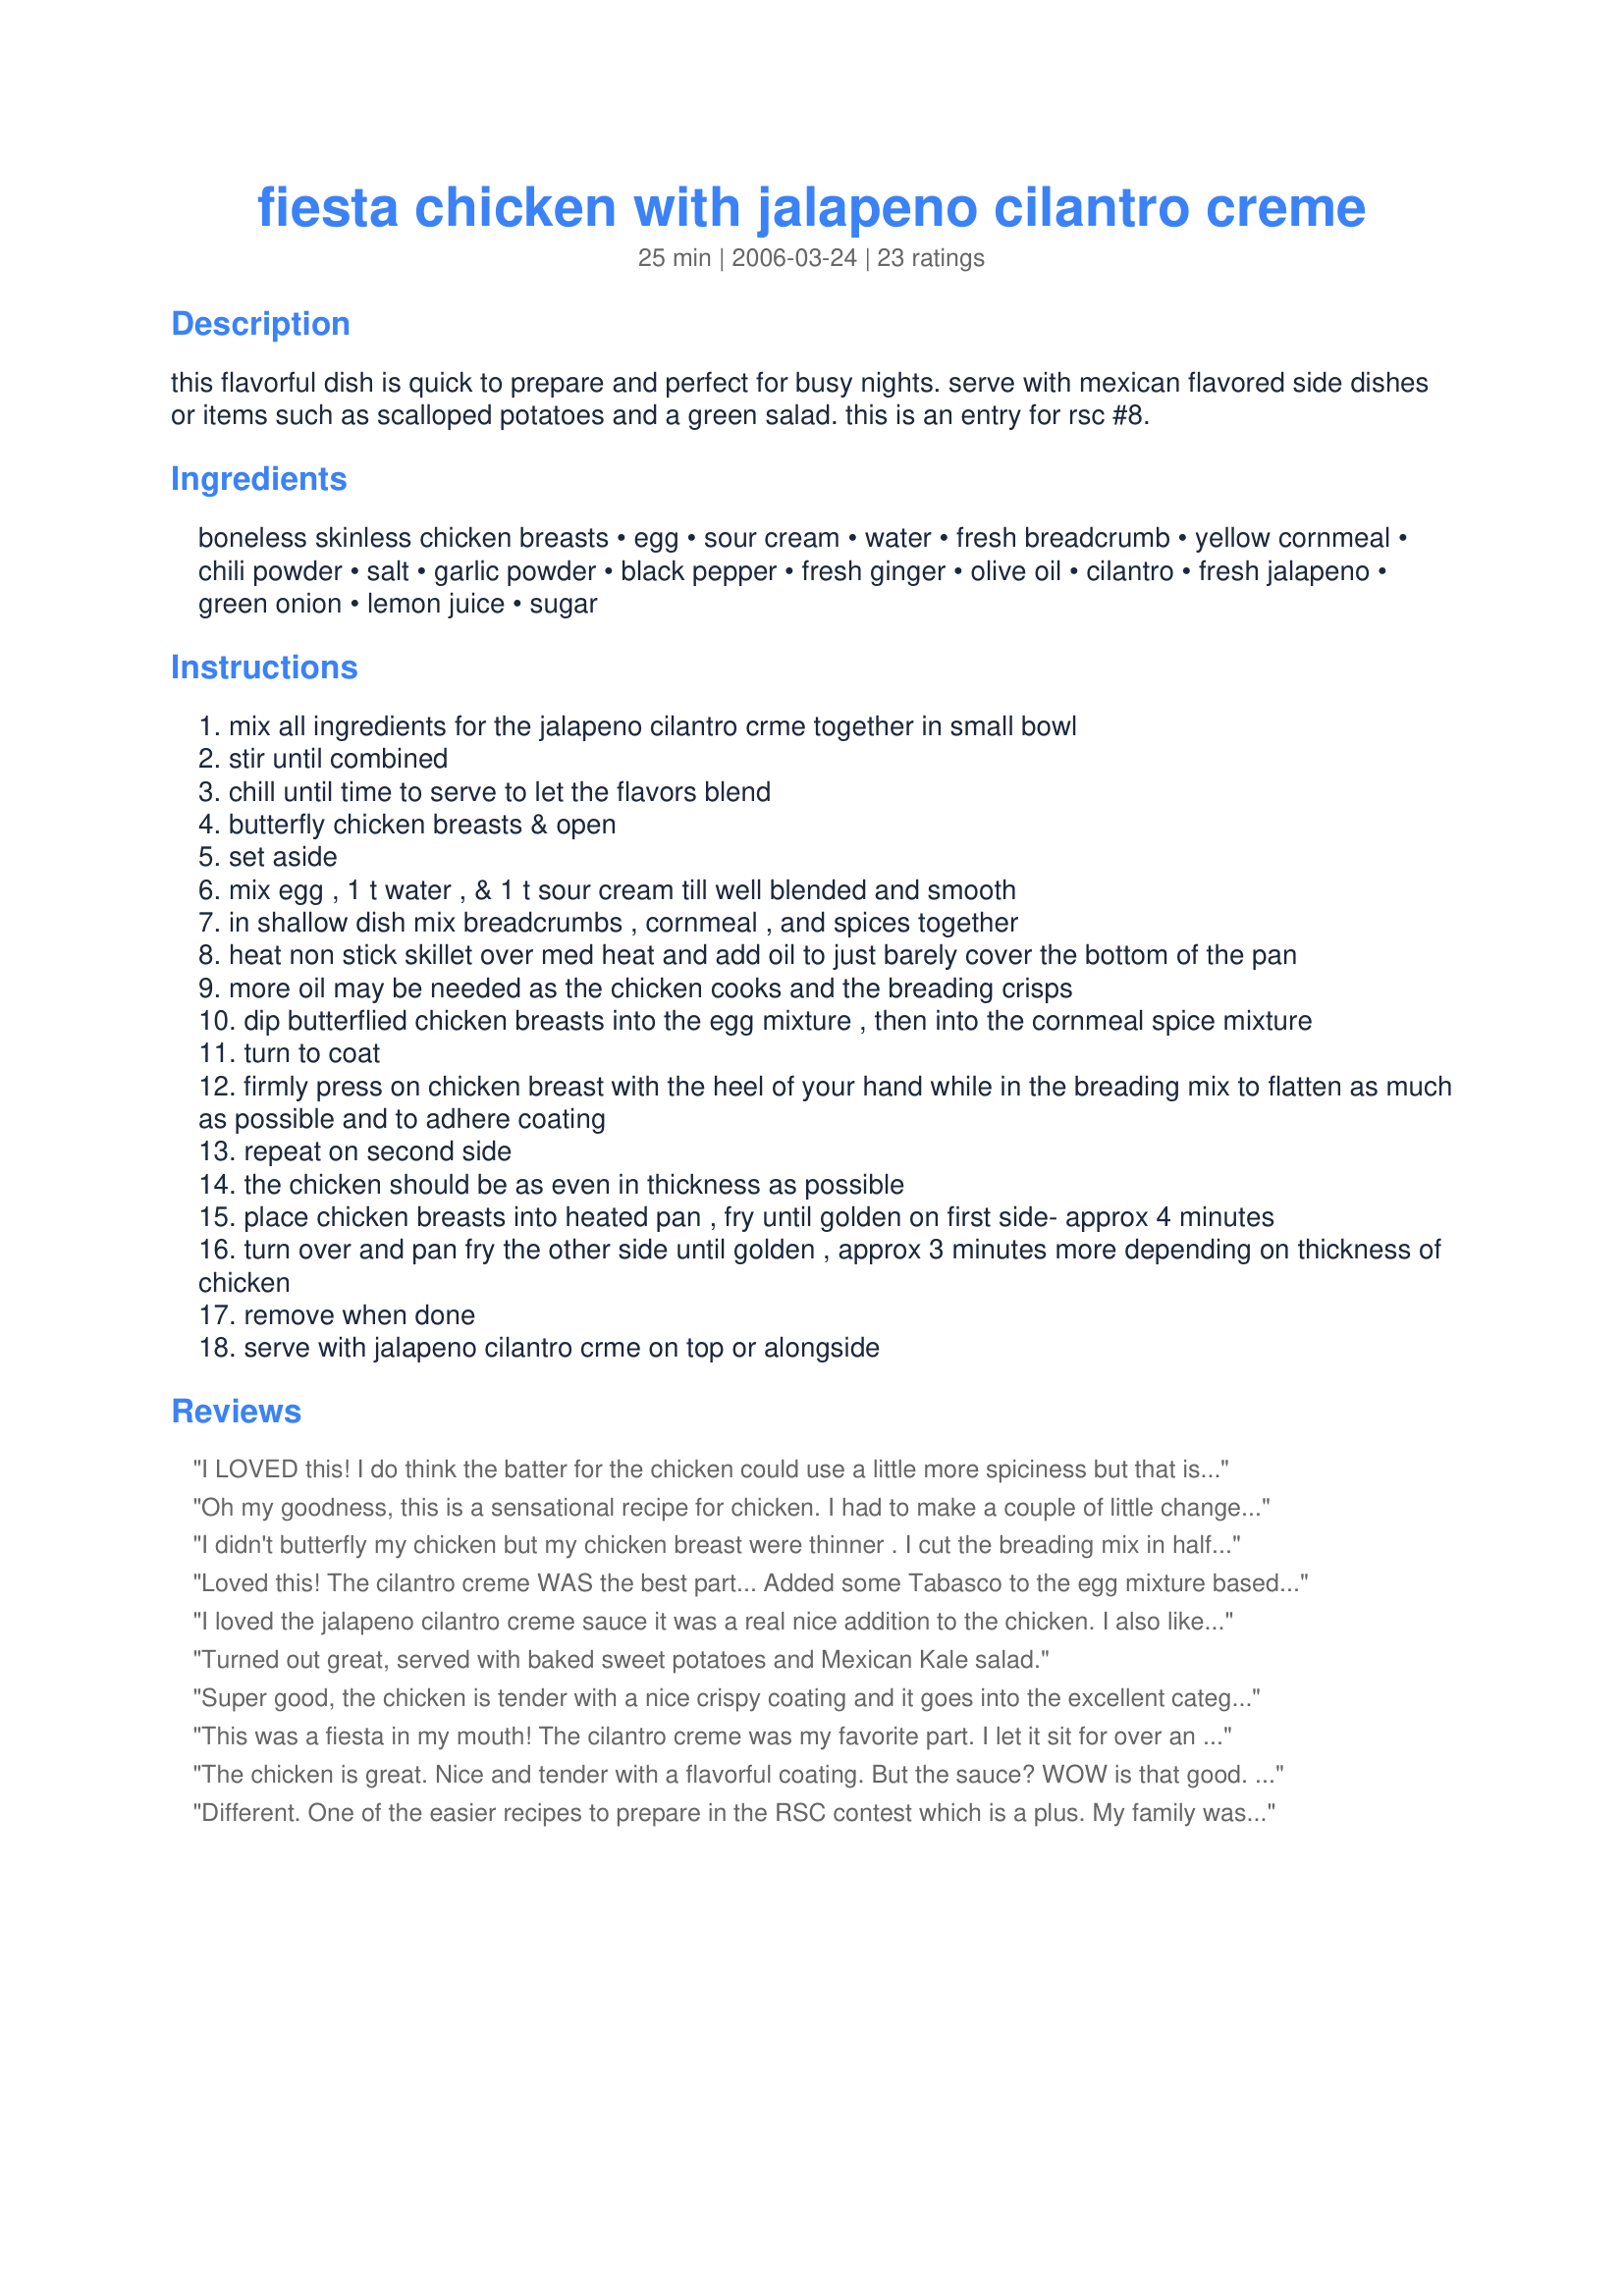
fiesta chicken with jalapeno cilantro creme
Preparation time: 25 minutes

this flavorful dish is quick to prepare and perfect for busy nights. serve with mexican flavored side dishes or items such as scalloped potatoes and a green salad. this is an entry for rsc #8.

Ingredients:
boneless skinless chicken breasts, egg, sour cream, water, fresh breadcrumb, yellow cornmeal, chili powder, salt, garlic powder, black pepper, fresh ginger, olive oil, cilantro, fresh jalapeno, green onion, lemon juice, sugar

Steps:
mix all ingredients for the jalapeno cilantro crme together in small bowl
stir until combined
chill until time to serve to let the flavors blend
butterfly chicken breasts & open
set aside
mix egg , 1 t water , & 1 t sour cream till well blended and smooth
in shallow dish mix breadcrumbs , cornmeal , and spices together
heat non stick skillet over med heat and add oil to just barely cover the bottom of the pan
more oil may be needed as the chicken cooks and the breading crisps
dip butterflied chicken breasts into the egg mixture , then into the cornmeal spice mixture
turn to coat
firmly press on chicken breast with the heel of your hand while in the breading mix to flatten as much as possible and to adhere coating
repeat on second side
the chicken should be as even in thickness as possible
place chicken breasts into heated pan , fry until golden on first side- approx 4 minutes
turn over and pan fry the other side until golden , approx 3 minutes more depending on thickness of chicken
remove when done
serve with jalapeno cilantro crme on top or alongside

Reviews:
I LOVED this! I do think the batter for the chicken could use a little more spiciness but that is just a preference. The crispiness and moistness of the chicken were wonderful and the sauce is absolutely amazing. I will be making this again.Thanks for the recipe
Oh my goodness, this is a sensational recipe for chicken. I had to make a couple of little changes. I didn't have garlic powder on hand, so used a garlic–ginger paste to cover both ingredients. As an aside, the recipe doesn't say when to add the ginger. I put the garlic–ginger paste in with the egg mixture and that worked fine. I didn't have a fresh jalapeno, so used a pickled one, seeds included. Australia has huge chicken breasts so I made this with two (weight a kilo or 2 pounds). Because my pieces were quite thick, I fried them for 12 minutes (6 a side) and then finished them in the oven. A truly wonderful recipe that will be repeated often.
I didn't butterfly my chicken but my chicken breast were thinner .
I cut the breading mix in half since I was only doing two but the kept the full sauce amounts and am glad I did LOL
As for the chicken being bland we did not find that at all. It is subtly spiced which is a good thing with the creme being so filled with flavour. It gets no competion that way LOL
I used freshly grated garlic and not the powder and grated the ginger instead of mincing.
We loved this recipe and will be made over and over.
Made for PAC Fall 09
Loved this! The cilantro creme WAS the best part... Added some Tabasco to the egg mixture based on other's feedback that the chicken is bland, loved it! We'll definitely make this again.
I loved the jalapeno cilantro creme sauce it was a real nice addition to the chicken. I also liked the chicken, I just think it could have had a little more kick to it. I will make this again, but I might try adding a pinch of cayenne. Thanks!
Turned out great, served with baked sweet potatoes and Mexican Kale salad.
Super good, the chicken is tender with a nice crispy coating and it goes into the excellent category with the great sauce! Made for ZWT #7 and the amazing team Witchin Kitchen.
This was a fiesta in my mouth! The cilantro creme was my favorite part. I let it sit for over an hour and it made a huge difference in the flavor. I'm going to put the left over chicken on a green salad tomorrow for lunch and use a bit of the cilantro creme as a dressing. I used 1 1/2 boneless, skinless, thighs- about 8- and had quite a bit of the breadcrumb left over so I may adjust it -if I do the thighs again. This one is truly a winner Susie! Made because I appreciate all of the PAC Hosts!- 09 EDIT- DBF made sure I packed up some of the chicken for his lunch tomorrow too- which is saying a lot because he is not into left-overs!
The chicken is great. Nice and tender with a flavorful coating. But the sauce? WOW is that good. We even put some on our twice baked potatoes. Thanks for sharing the recipe and I know we will use the sauce often. :)
Different. One of the easier recipes to prepare in the RSC contest which is a plus. My family was not really impressed with the combo of the sauce and the chicken and ended up eating the chicken plain. They also said they wanted more flavor in the chicken- like some onion flavor or seasoned salt. Good luck in RSC!
This is great, I have made it several times. Lately, I have been baking it in a 9 x13. Put olive oil in the bottom and flip it half way thru. I do 400 degrees for about 35 minutes.
The jalapeno cilantro cream is KEY! I let it chill for 2 hours, and when I served it with the chicken it was very nice and refreshing.
very good & easy. The whole family gobbled it down & it wasn't even spicy. I think the sour cream cooled down the jalepeno. The sauce could use just a little more flavor. I will need to play around with it. But overall an easy & family friendly meal :)
This is ONE snappy little number. Crispy, tender chicken with a to-die-for cream. No Louisiana hot sauce needed here!
The sauce makes this! Even my picky Dd liked it! Made for ZWT8
We really enjoyed this SUPER easy and tasty dish! I had everything on hand which made it so much easier. I added some onion powder and really that was the only thing I did different! Thanks Susie!
I have been looking at this recipe for some time and had to give it a try. Having a nice crust on chicken with gluten free ingredients can be a challenge. The addition of the cornmeal really made the difference. Butterflying the chicken prior to cooking helps to ensure a moist dish. The cilantro cream is the crowning touch. Thank you Susie D for a wonderful recipe. Made for Culinary Quest 2014.
This is a great chicken entree which I will be adding to my recipe go-to list. Loved the flavors and the cream sauce really compliments this chicken so well.
Oh yes! This is a great recipe! I bought the chicken prepared (butterflied)and ready to go..nice and quick dish on a week night! We loved the flavors in the sauce! Served it with rice (won't mention because of contest) what a wonderful meal.
Thank you!!

The Jalapeno Cilantro Cream sauce is awesome! I can think of so many uses for it... I made the sauce as written. However, we're trying to cut down on fried foods, so I made a paste with the olive oil and the spices listed for the breading mix, then rubbed a whole chicken with it. We put it in the oven on a vertical roaster for an hour and it was very, very good! Made this for ZWT8 - thank you Susie D!
 The cornmeal/bread crumb combination gives a lovely crunchy crust and the chili /garlic powder a nice kick to the chicken. the Jalapeno Cilantro Cream is just right. I know that I will use this cream on potaoes and many other veggies as well as when I make this recipe again I cut way back on the oil for frying the chicken. You have done a nice job of incorporating the RSC ingredients into a tasty recipe. I hope that you do well in the contest this recipe is a winner
So before I made this recipe, I made the jalapeno cilantro cream sauce twice. The first sauce I made as directed and served it with tacos and burritos in place of ordinary sour cream. I let the sauce sit in the fridge for 3 hours to let the flavors blend. While I thought it was good, it wasn&#039;t quite hot enough for our tastes. In fairness we do like VERY spicy food. The second time I made the sauce to top baked potatoes, I made it as directed but left half of the jalapeno&#039;s seeds in hoping for more hot. It was much better but still not hot enough. The third time was when I made the fiesta chicken. This time I made as directed but used 1 jalapeno, 1 habanero, and one half of a hatch green chili (no seeds from any). It was the best sauce so far. For the chicken I made as directed except I just used store bought breadcrumbs. I also used 1/2 tablespoon New Mexico Red chili powder and 1/2 tablespoon McCormick chili powder. The chicken came out awesome and paired so well with the cream sauce. Since this is such a good recipe, I must check out other recipes posted by Susie. Thanks.
We loved, loved, loved this chicken. We all enjoyed the crispiness and flavor of the chicken coating. Three out of four of us used the jalapeno cilantro cream to top the chicken. It was delicious - a wonderful combination of flavors. Made in loving memory of SusieD.
